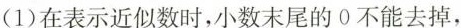
(1)在表示近似数时，小数末尾的0不能去掉，